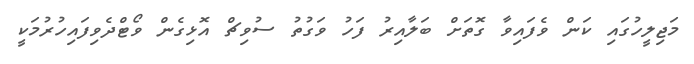
މަޖިލީހުގައި ކަން ވެފައިވާ ގޮތަށް ބަލާއިރު ފަހު ވަގުތު ސުވިޗް އޮޅިގެން ވޯޓްދެވިފައިހުރުމަކީ